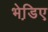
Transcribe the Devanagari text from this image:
भेडि़ए